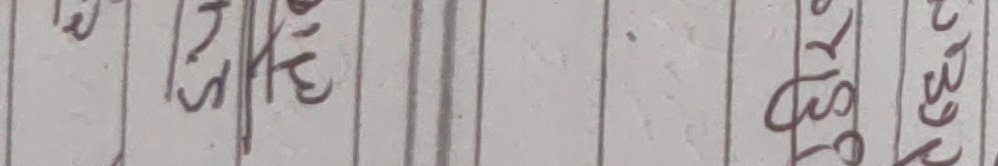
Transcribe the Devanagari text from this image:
३/५
३२६६